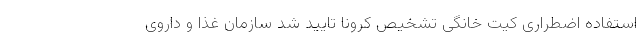
استفاده اضطراری کیت خانگی تشخیص کرونا تایید شد سازمان غذا و داروی